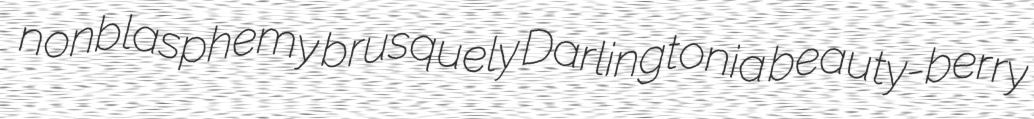
nonblasphemy brusquely Darlingtonia beauty-berry